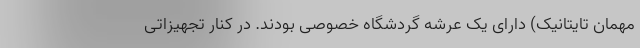
مهمان تایتانیک) دارای یک عرشه گردشگاه خصوصی بودند. در کنار تجهیزاتی